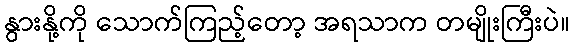
နွားနို့ကို သောက်ကြည့်တော့ အရသာက တမျိုးကြီးပဲ။